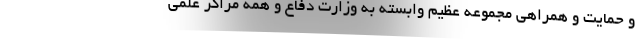
و حمایت و همراهی مجموعه عظیم وابسته به وزارت دفاع و همه مراکز علمی